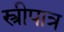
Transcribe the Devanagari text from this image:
स्त्रीपात्र